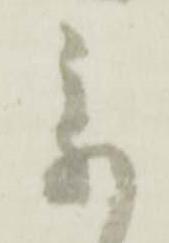
参